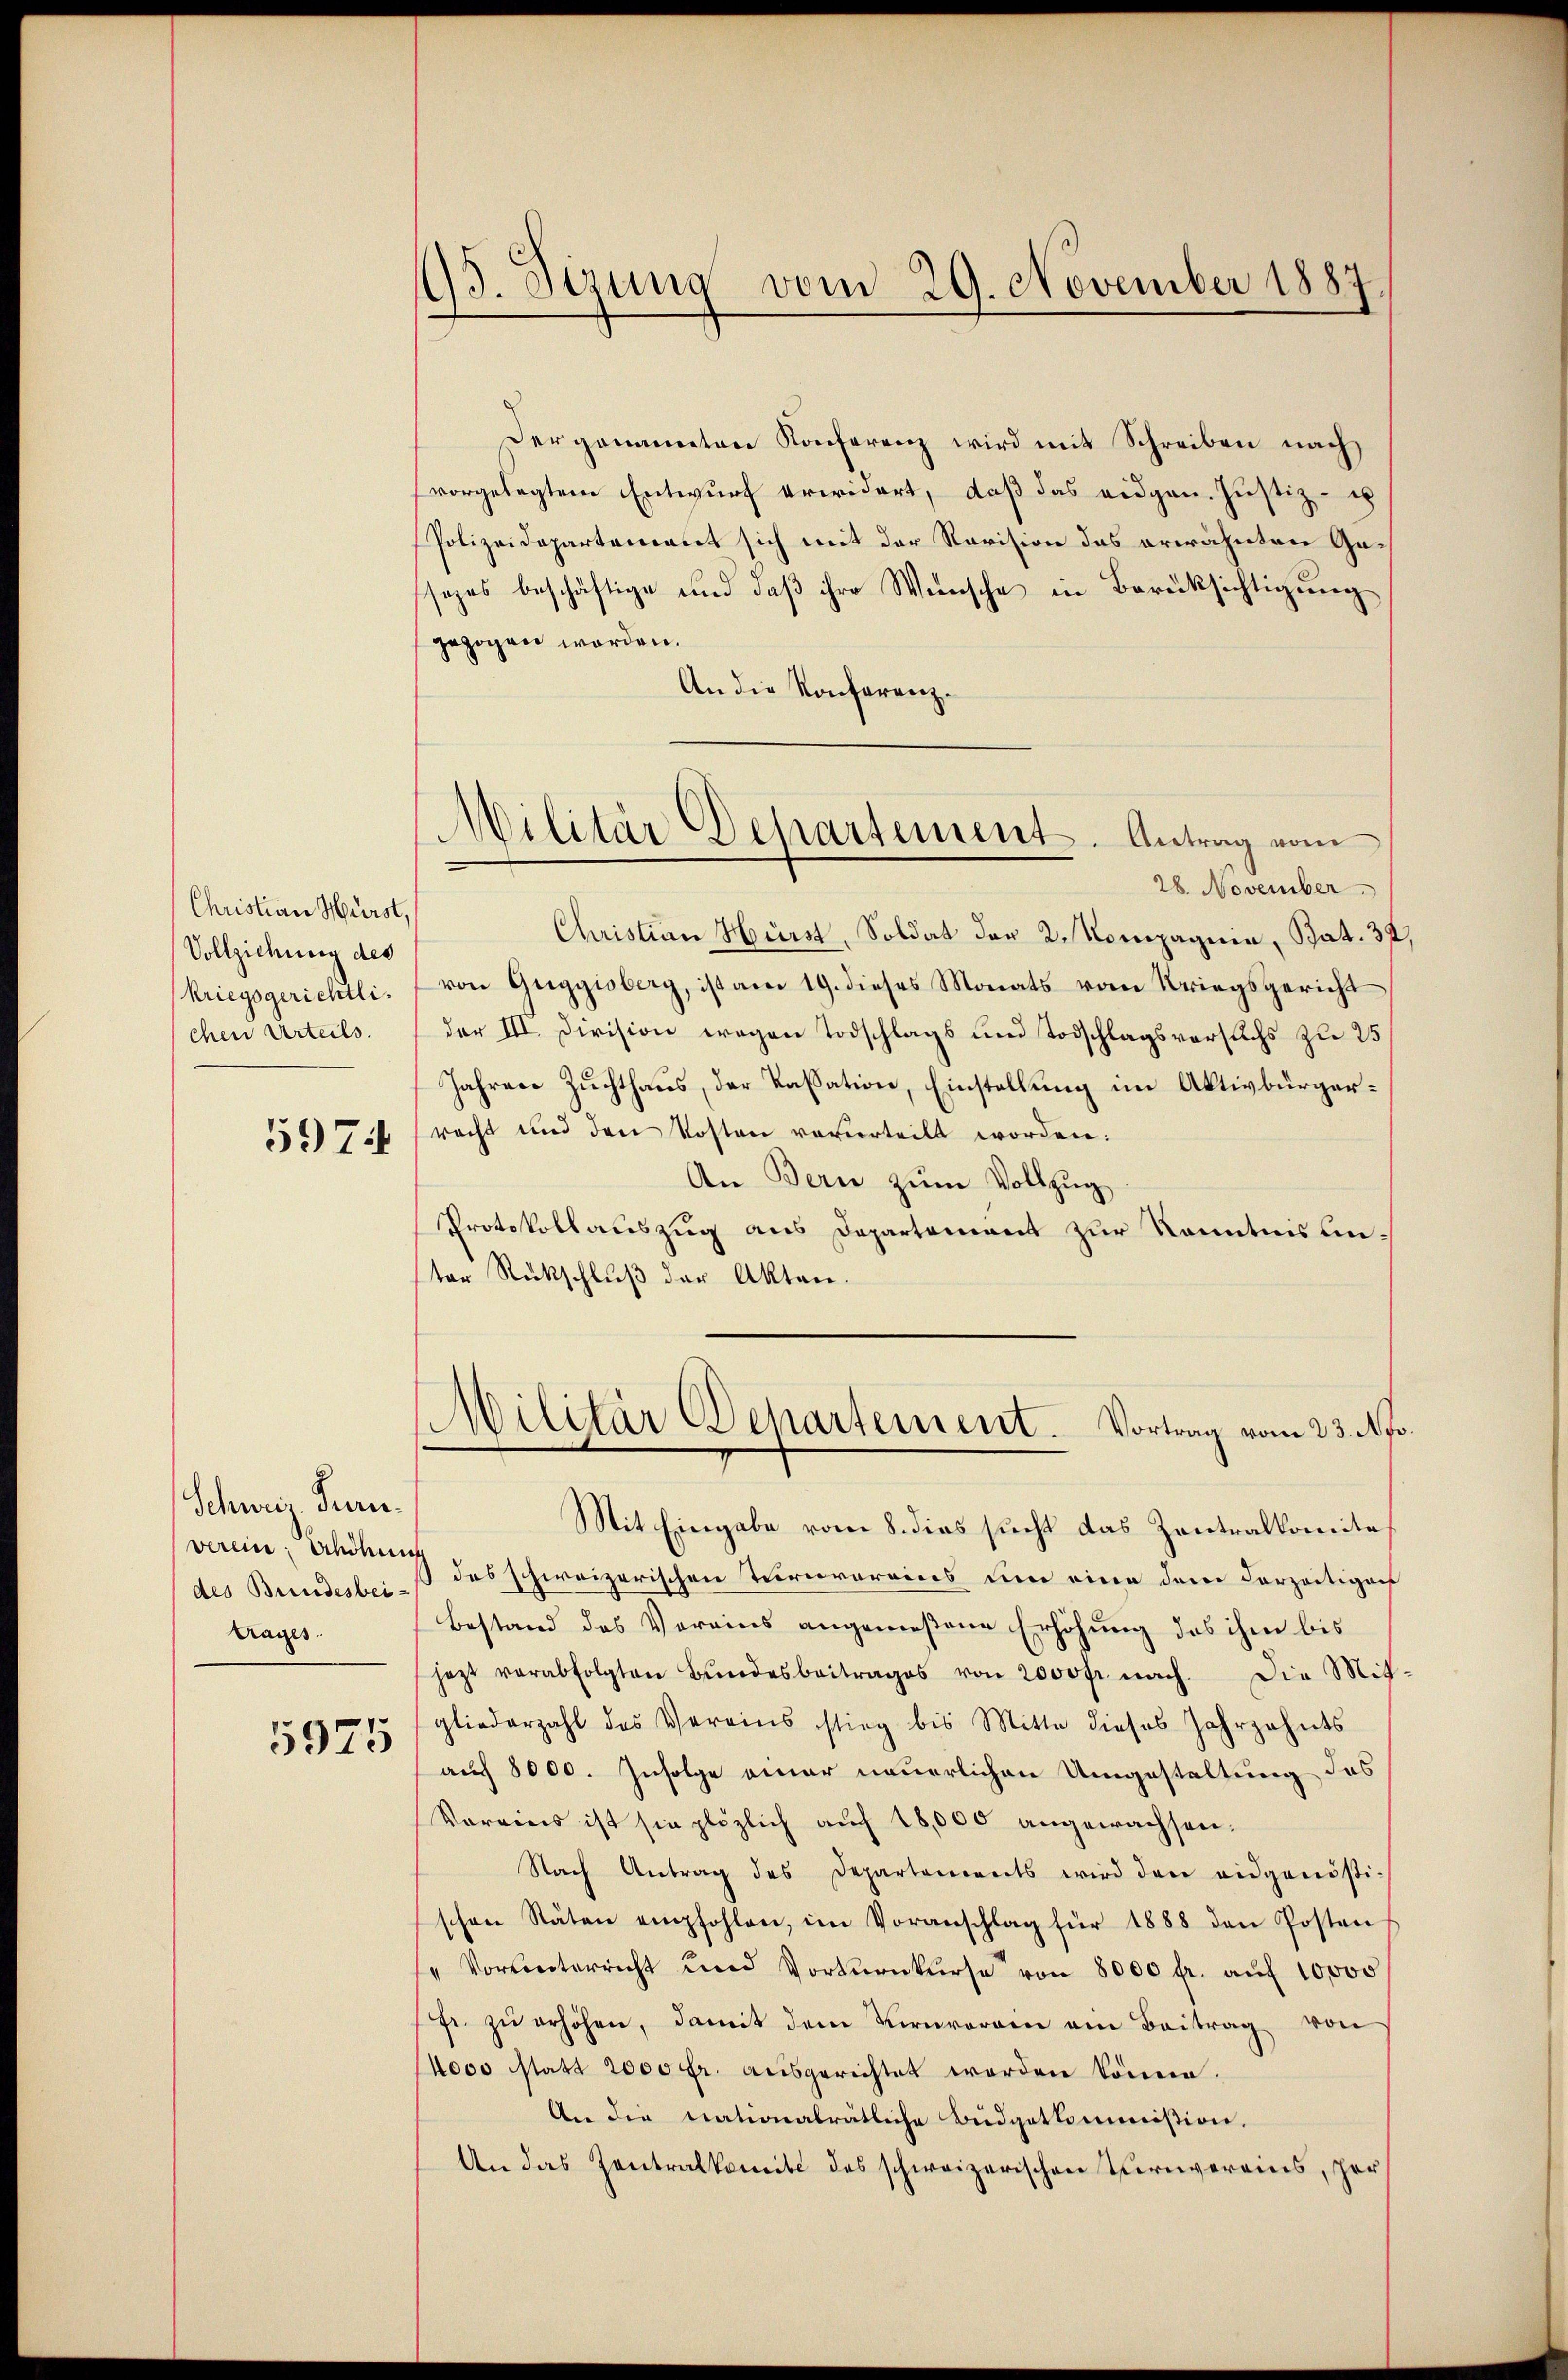
Christian Hürst,
Vollziehung des
kriegsgerichtlichen Urteils.
5974

Schweiz. Turi
verein: Schöhnis
des Bundesbeitrages.

5975

13. Stung vom 29. November 1887

Der genannten Konferenz wird mit Schreiben nach
vorgelegtem Entwurf erwidert, daß das eidgen. Justiz- u
Polizeidepartement sich mit der Revision das erwähnten Gasezes beschäftige und daß ihre Wünsche in Berücksichtigung
gezogen worden.
An die Konferenz¬
28. November
Christian Hürst, Soldat der 2. Kompagnia, Bat. 37
von Guggisberg, ist am 19. dieses Monats vom Kriegsgericht
der III. Division wegen Todschlags und Todschlagsversuchs zu 25
Jahren Zuchthaus, der Kassation, Einstellung im Aktivbürgerracht und den Kosten veverteilt worden:
An Bern zŭm Vollzug
Protokollauszug aus Departement zur Kenntnis unter Rückschlŭβ der Akten.
Militar Departement. Vortrag vom 23. Ap
Mit Eingabe vom 8. dies sucht das Zentralkomite
) des schweizerischen Turnvereins um eine dem dorzeitigers
Bestand des Vereins angemeßene Erhöhung das ihm bis
jezt verabfolgten Bŭndesbeitrages von 2000fr. nach. Die Mit-
gliederzahl des Vereins stieg bis Mitte dieses Jahrzehnts
auch 8000. Infolge einer neuerlichen Umgestaltung des
Voreines ist sie plözlich auf 18,000 angewachsen¬
Nach Antrag des Departements wird den eidgenösi-
schen Stäten empfohlen, im Voranschlag für 1888 den Posten
" Vorunterricht und Vorturnkurse von 8000 fr. auf 10000
fr. zŭ erhöhen, damit dem Vervorgen am Beitrag von
(4000 statt 2000 fr. ausgerichtet worden könne.
An die nationalrätliche Budgetkommission.
An das Zentralkomite des schweizerischen Turnvereins, per

Militär Departement. Antrag vom